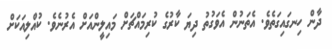
ދާން ހިނގައިގަތެވެ. އެތަނުން އެވަގުތު ދިޔަ ކާރުގެ ކުރިމައްޗަށް މައިލީންއަށް އެރުނެވެ. ކުއްލިއަކަށް